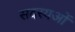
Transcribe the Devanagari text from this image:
सदस्यओं